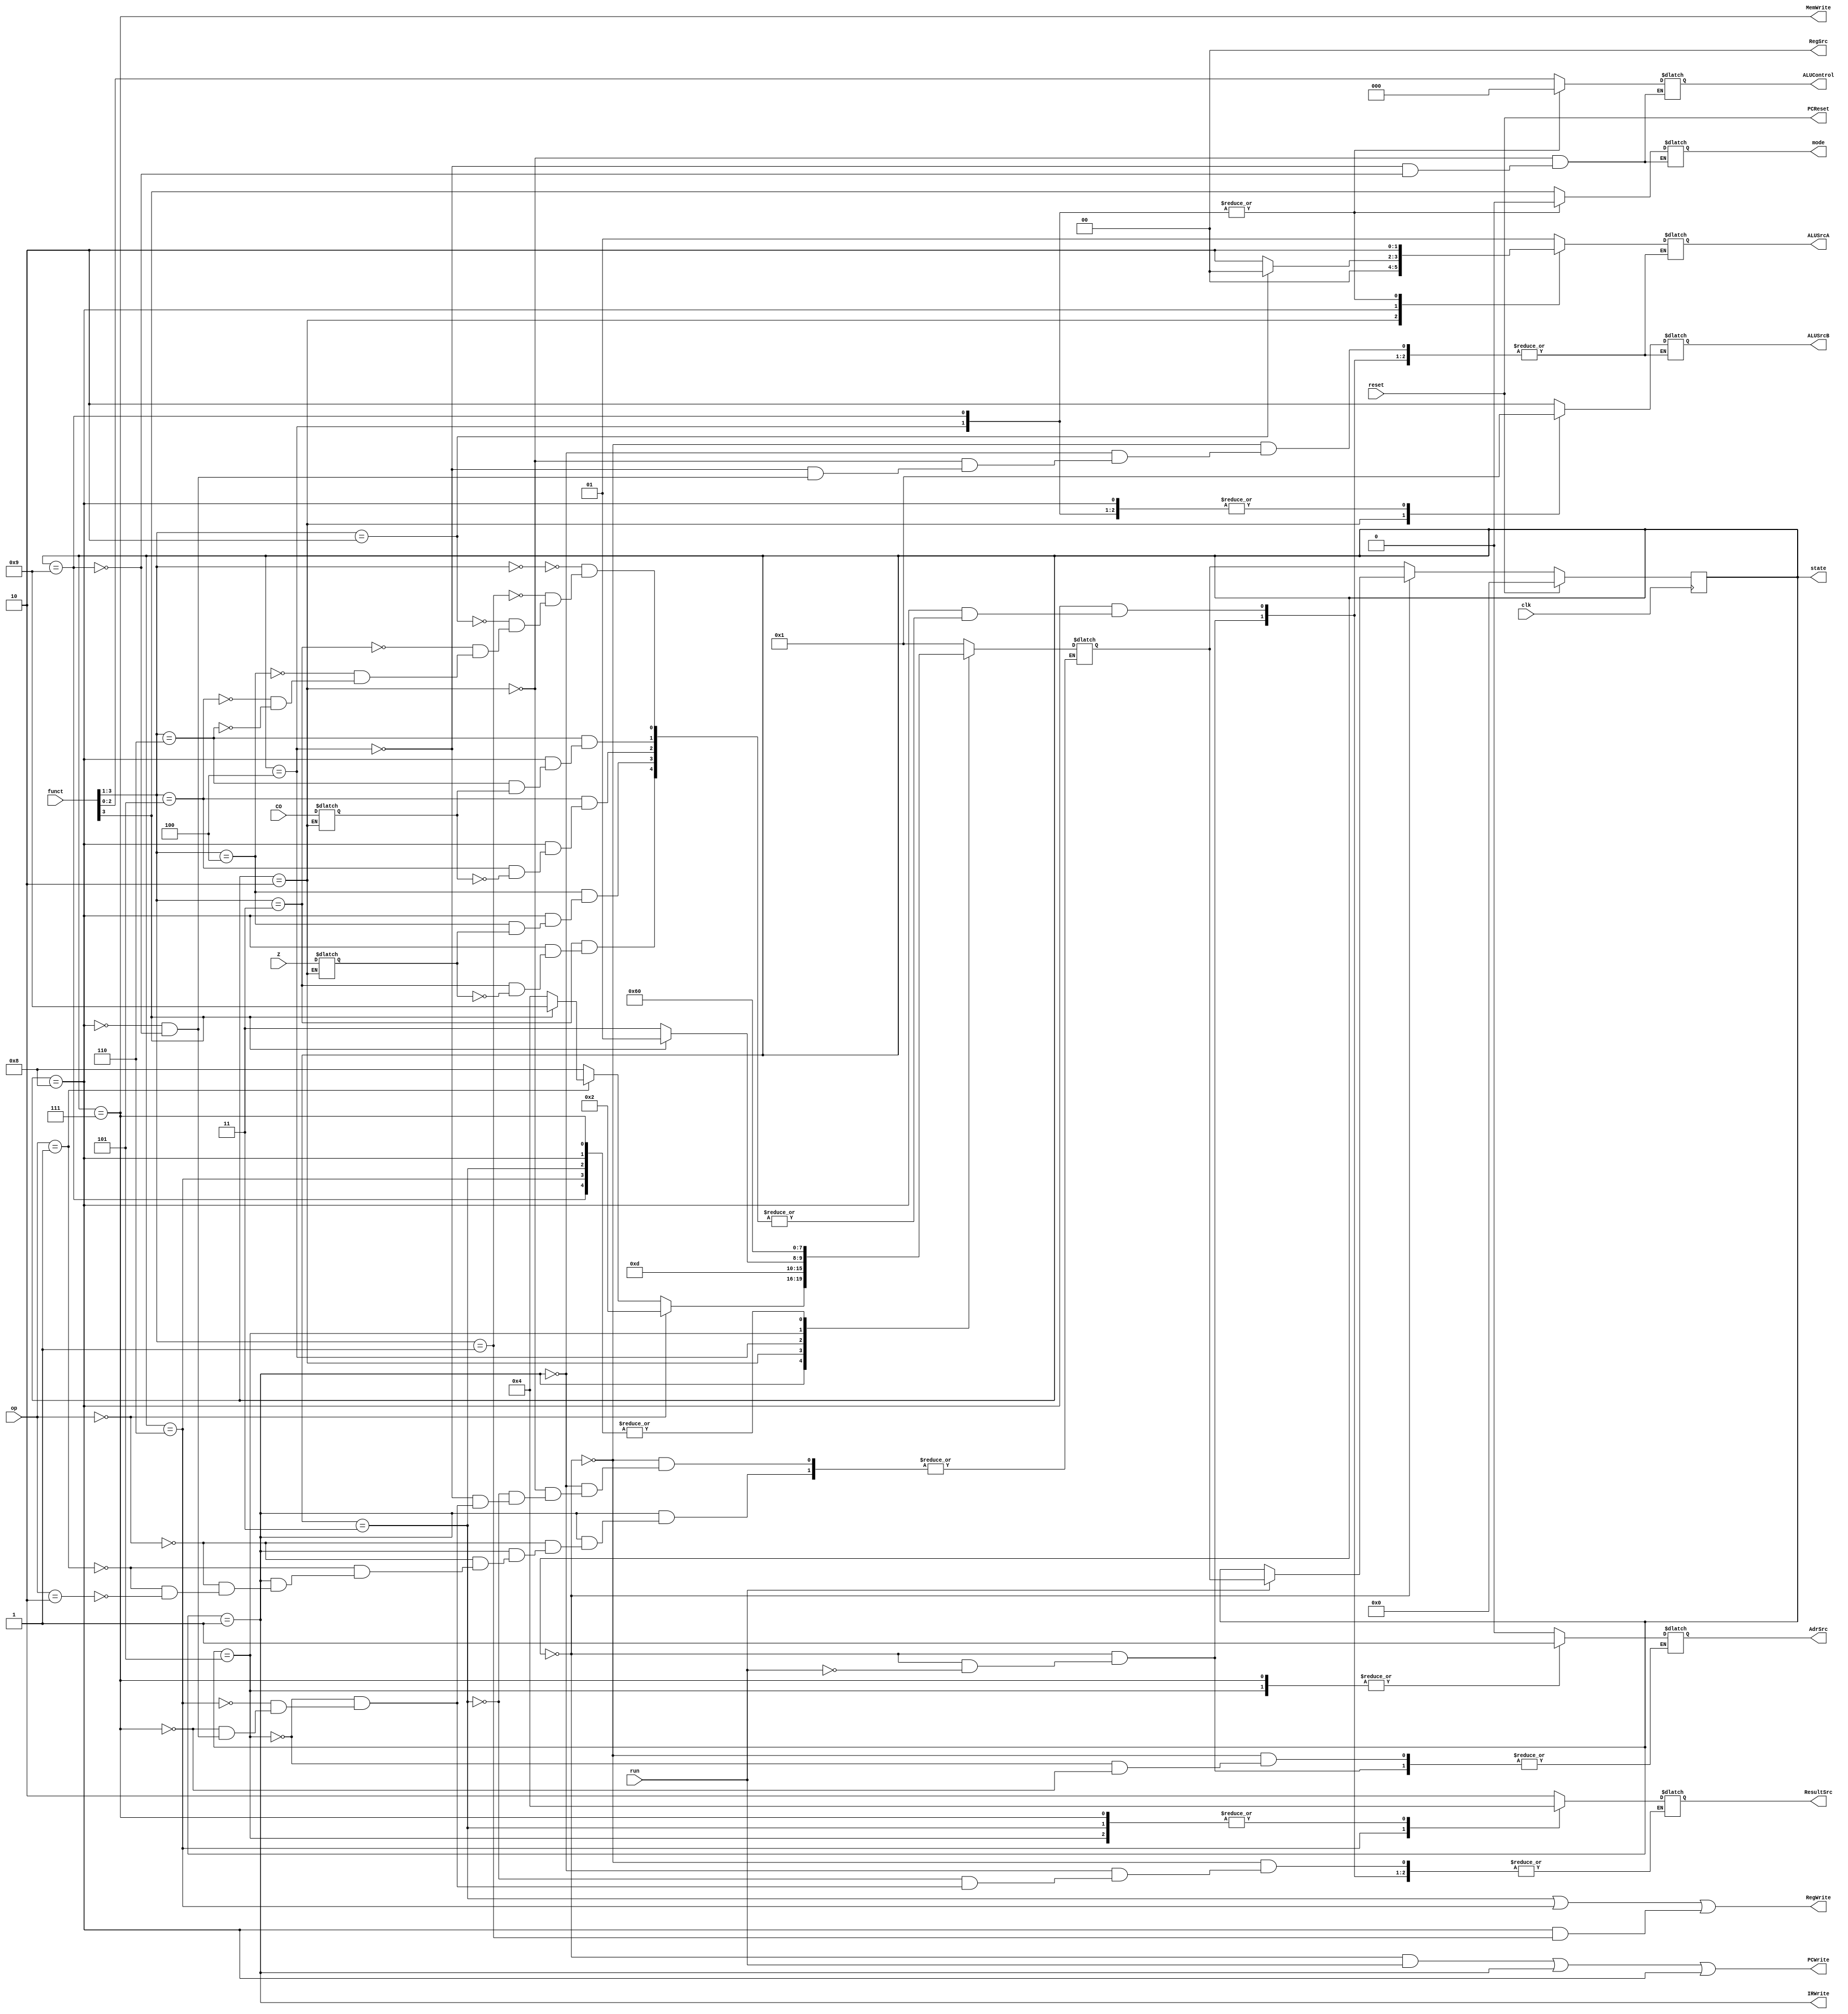
module controller(input clk,run,reset,Z,CO, input [1:0] op, input [3:0] funct,
 output PCReset,PCWrite,IRWrite,RegWrite,MemWrite, output reg AdrSrc,mode, output reg [1:0] ALUSrcA,ALUSrcB,RegSrc,ResultSrc, output reg [2:0] ALUControl,output [3:0] state);
 
reg[3:0] CS,NS;
reg zero,carry;
//parameter fetch=0,decode=1,dp_execute=2,dp_writeback=3,mem_adr=4,imm address=9,memread=5,mem_wb=6,memwrite=7,branch=8;
initial begin
ALUControl=0;
CS=0;
AdrSrc=0;
mode=0;
ALUSrcA=0;
ALUSrcB=0;
RegSrc=0;
ResultSrc=0;
end

always @(posedge clk)
begin
	if(reset)
		CS<=0;
	else if(CS==0)
		if(run)
			CS<=NS;
		else
			CS<=CS;
	else
		CS<=NS;
	
end

// next state generation
always @(*)
	case(CS)
	0: NS=1;
	1: if(op==0) NS=2; 
		else if(op==1) begin
			if(funct[3]) NS=9;
			else NS=4; end
		else if(op==2) NS=8;
	2: NS=3;
	3: NS=0;
	4: if(funct[3]) NS=5; else if(~funct[3]) NS=7;
	5: NS=6;
	6: NS=0;
	7: NS=0;
	8: NS=0;
	9: NS=0;
	endcase

// enable signals 

assign PCReset=reset;
assign PCWrite=((CS==0)&run )|(CS==1)|(CS==8);
assign IRWrite=(CS==1);
assign RegWrite=(CS==3)|(CS==6)|((CS==8)&(funct[3:1]==1));
assign MemWrite=(CS==7);
assign state=CS;

//select signals

always @(*)
	case(CS)
	0: if(run) begin AdrSrc=0; ALUSrcA=2'b01; ALUSrcB=2'b10; ResultSrc=2'b10; end
	1: begin ALUSrcA=2'b01; ALUSrcB=2'b10; ResultSrc=2'b10; end
	2: begin ALUSrcA=0; ALUSrcB=2'b00; ALUControl=funct[2:0]; mode=funct[3]; zero=Z; carry=CO; end
	3: begin ResultSrc=2'b00; end
	4: begin ALUSrcA=2'b10; ALUSrcB=2'b01; mode=0; ALUControl=3'b000; end
	5: begin ResultSrc=2'b00; AdrSrc=1; end
	6: begin ResultSrc=2'b01; end
	7: begin ResultSrc=2'b00; AdrSrc=1; end
	8: case(funct[3:1])
	// branch conditions
		0: begin ALUSrcA=2'b10; ALUSrcB=2'b01; ResultSrc=2'b10; end
		1: begin ALUSrcA=2'b10; ALUSrcB=2'b01; ResultSrc=2'b10; end
		2: begin ALUSrcA=2'b00; ALUSrcB=2'b01; ResultSrc=2'b10; end
		3: if(zero) begin ALUSrcA=2'b10; ALUSrcB=2'b01; ResultSrc=2'b10; end
		4: if(~zero) begin ALUSrcA=2'b10; ALUSrcB=2'b01; ResultSrc=2'b10; end
		5: if(carry) begin ALUSrcA=2'b10; ALUSrcB=2'b01; ResultSrc=2'b10; end
		6: if(~carry) begin ALUSrcA=2'b10; ALUSrcB=2'b01; ResultSrc=2'b10; end
		endcase 
	9: begin ALUSrcA=2'b10; ALUSrcB=2'b01; mode=0; ALUControl=3'b000; ResultSrc=2'b10; end
	endcase

	




endmodule